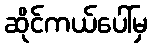
ဆိုင်ကယ်ပေါ်မှ